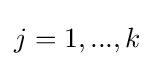
j=1,...,k